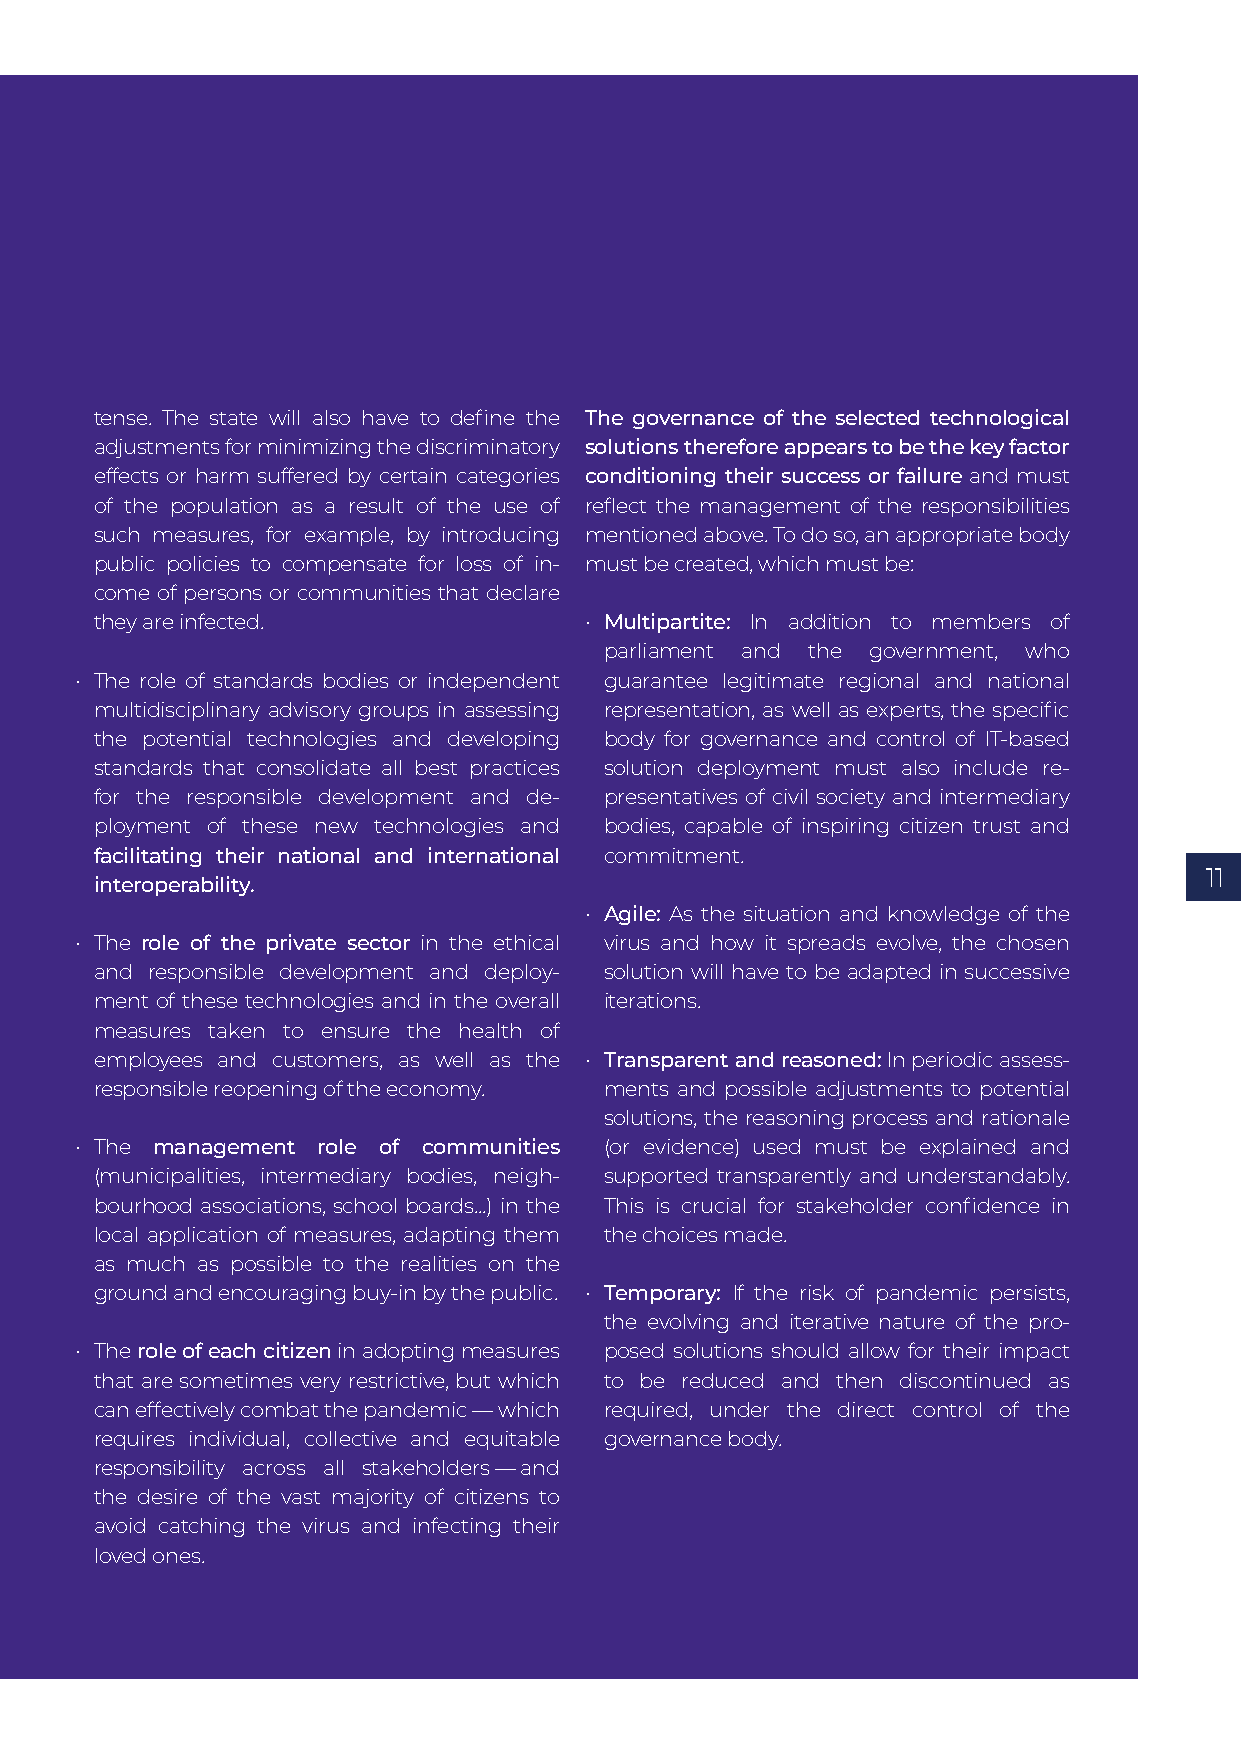
tense. The state will also have to define the The governance of the selected technological
 adjustments for minimizing the discriminatory solutions therefore appears to be the key factor
 effects or harm suffered by certain categories conditioning their success or failure and must
 of the populat ion as a result of the use of reflect the management of the responsibilities
 such measures, for example, by introducing mentioned above. To do so, an appropriate body
 public policies to compensate for loss of in- must be created, which must be:
 come of persons or communities that declare
 they are infected.               • Multipartite: In addition to members of
 parliam ent and the government, who
 • The role of standards bodies or independent guarantee legitimate regional and national
 multid isciplinary advisory groups in assessing representation, as well as experts, the specific
 the potential technologies and developing body for governance and control of IT-based
 stan dards that consolidate all best practices solution deployment must also include re-
 for the responsible development and de- presentatives of civil society and intermediary
 ploym ent of these new technologies and bodies, capable of inspiring citizen trust and
 facilitating their national and international commitment.
 11
 interoperability.
 • Agile: As the situation and knowledge of the
 • The role of the private sector in the ethical virus and how it spreads evolve, the chosen
 and responsible development and deploy- solution will have to be adapted in successive
 ment of these technologies and in the overall iterations.
 measures taken to ensure the health of
 employees and customers, as well as the • Transparent and reasoned: In periodic assess-
 responsible reopening of the economy. ments and possible adjustments to potential
 solutions, the reasoning process and rationale
 • The management role of communities (or evidence) used must be explained and
 (municipalities, intermediary bodies, neigh- supported transparently and understandably.
 bour hood associations, school boards...) in the This is crucial for stakeholder confidence in
 local application of measures, adapting them the choices made.
 as much as possible to the realities on the
 ground and encouraging buy-in by the public. • Temporary: If the risk of pandemic persists,
 the evolving and iterative nature of the pro-
 • The role of each citizen in adopting measures posed solutions should allow for their impact
 that are sometimes very restrictive, but which to be reduced and then discontinued as
 can effectively combat the pandemic — which required, under the direct control of the
 requires individual, collective and equitable governance body.
 responsibility across all stakeholders — and
 the desire of the vast majority of citizens to
 avoid catching the virus and infecting their
 loved ones.